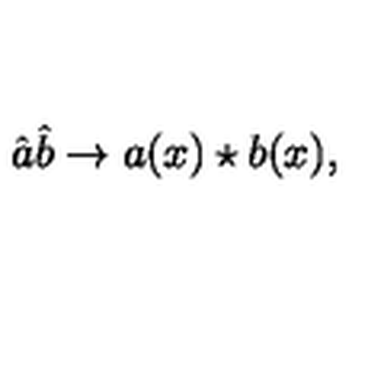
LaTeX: \hat { a } \hat { b } \rightarrow a ( x ) \star b ( x ) ,